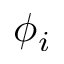
\phi _ { i }